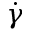
\dot { \gamma }